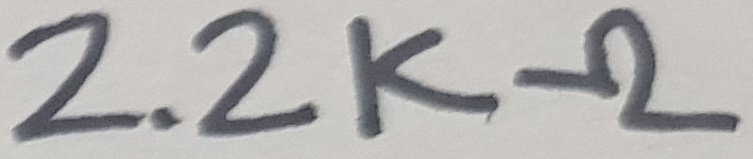
Text: 2.2KΩ